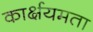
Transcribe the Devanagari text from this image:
कार्क्षयमता